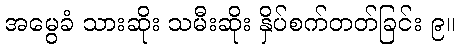
အမွေခံ သားဆိုး သမီးဆိုး နှိပ်စက်တတ်ခြင်း ၉။